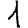
Digit: 1